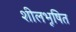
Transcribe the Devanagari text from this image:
शीलभूषित